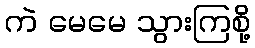
ကဲ မေမေ သွားကြစို့